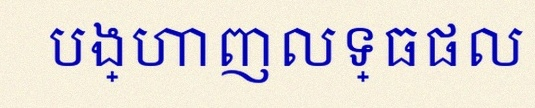
បង្ហាញលទ្ធផល